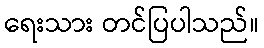
ရေးသား တင်ပြပါသည်။